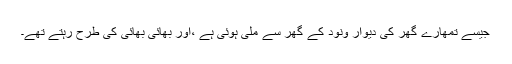
جیسے تمھارے گھر کی دیوار ونود کے گھر سے ملی ہوئی ہے ،اور بھائی بھائی کی طرح رہتے تھے۔